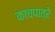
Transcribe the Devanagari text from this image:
काचपात्रे